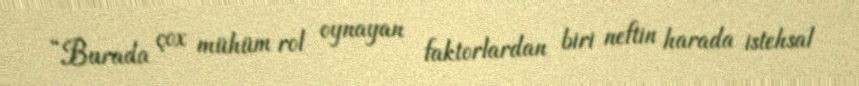
“Burada çox mühüm rol oynayan faktorlardan biri neftin harada istehsal